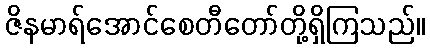
ဇိနမာရ်အောင်စေတီတော်တို့ရှိကြသည်။